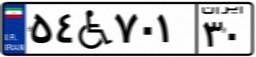
۵۴W۷۰۱۳۰